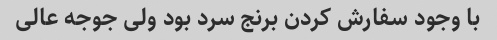
با وجود سفارش کردن برنج سرد بود ولی جوجه عالی